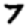
Digit: 7